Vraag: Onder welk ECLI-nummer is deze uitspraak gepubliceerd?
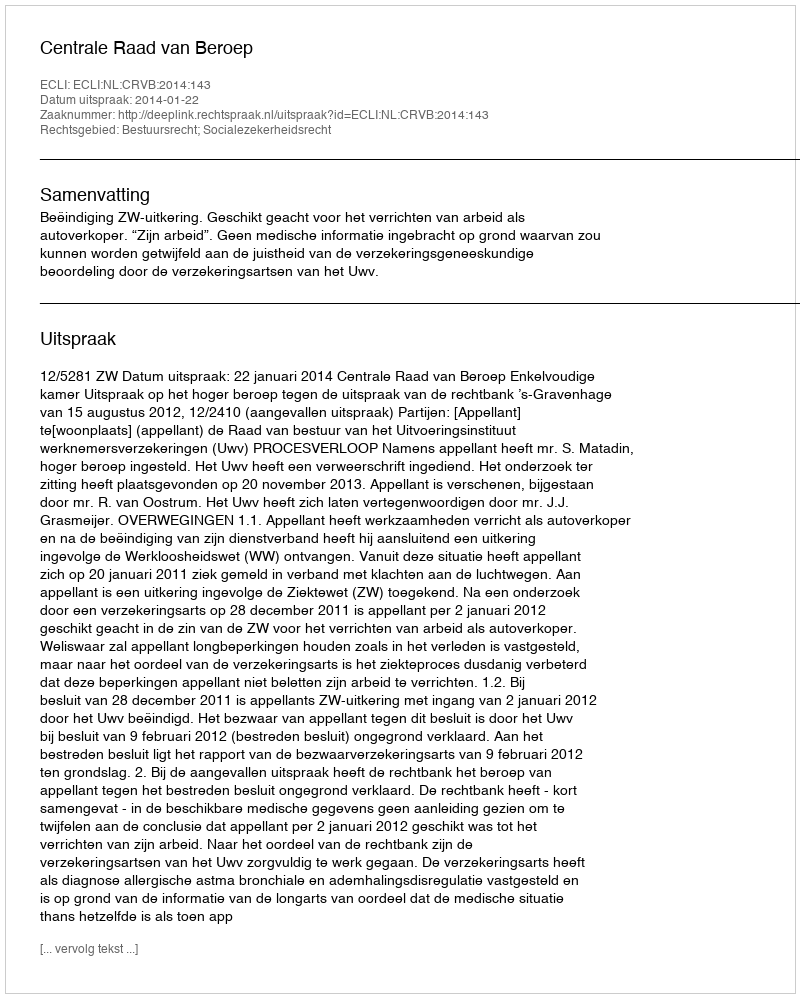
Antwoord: ECLI:NL:CRVB:2014:143